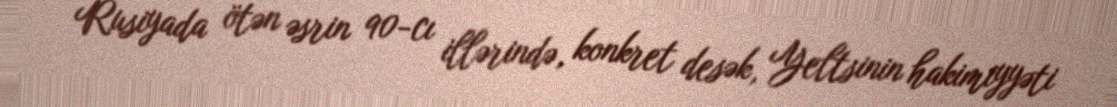
Rusiyada ötən əsrin 90-cı illərində, konkret desək, Yeltsinin hakimiyyəti